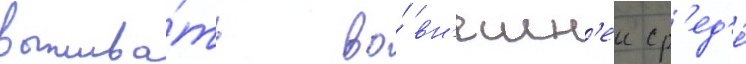
выжива́ть во́ вн'ешн'еи ср'ед'е́